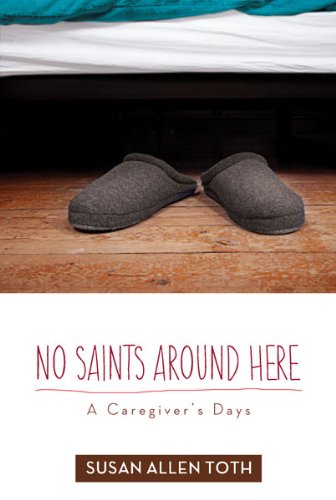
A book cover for No Saints around Here: A Caregiver's Days; Susan Allen Toth; Health, Fitness & Dieting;